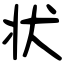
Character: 状